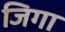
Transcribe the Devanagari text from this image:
जिगा